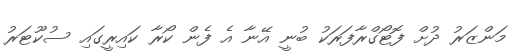
މަންޒަރު ދުށް ފޮޓޯގްރާފަރަކު ބުނީ އޭނާ އެ ފެން ކޯރާ ކައިރީގައި ސުކޫޓަރު